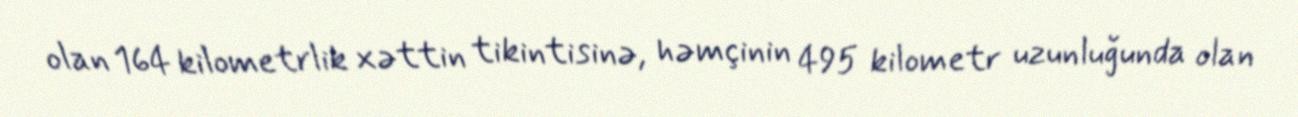
olan 164 kilometrlik xəttin tikintisinə, həmçinin 495 kilometr uzunluğunda olan